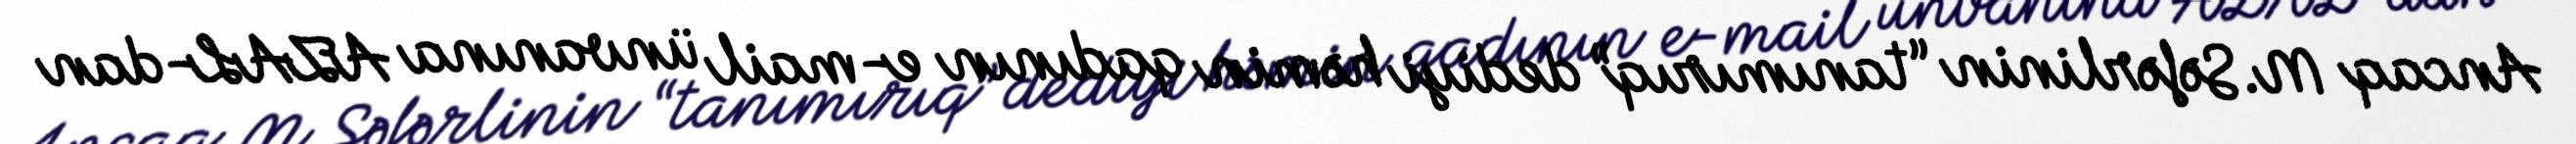
Ancaq M.Səfərlinin “tanımırıq” dediyi həmin qadının e-mail ünvanına AZAL-dan